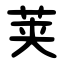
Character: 荚